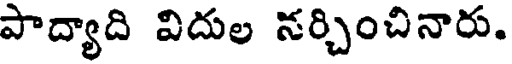
పాద్యాది విదుల నర్చించినారు.